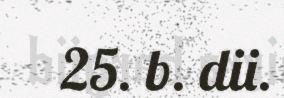
25. b. dii.